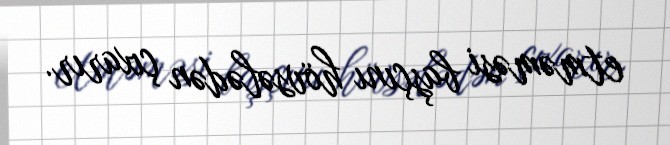
etməməsi başçını hövsələdən çıxarır.